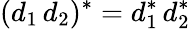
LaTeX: (d_{1}\, d_{2})^{*}=d_{1}^{*}\, d_{2}^{*}